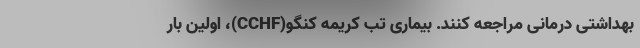
بهداشتی درمانی مراجعه کنند. بیماری تب کریمه کنگو(CCHF)، اولین بار